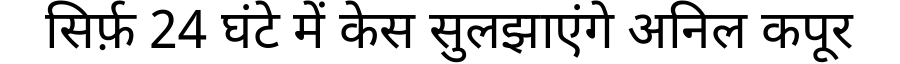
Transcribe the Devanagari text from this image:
सिर्फ़ 24 घंटे में केस सुलझाएंगे अनिल कपूर